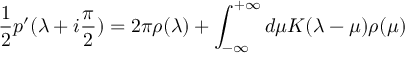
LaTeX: { \frac { 1 } { 2 } } p ^ { \prime } ( \lambda + i { \frac { \pi } { 2 } } ) = 2 \pi \rho ( \lambda ) + \int _ { - \infty } ^ { + \infty } d \mu K ( \lambda - \mu ) \rho ( \mu )